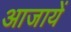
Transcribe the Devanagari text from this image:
आजायें